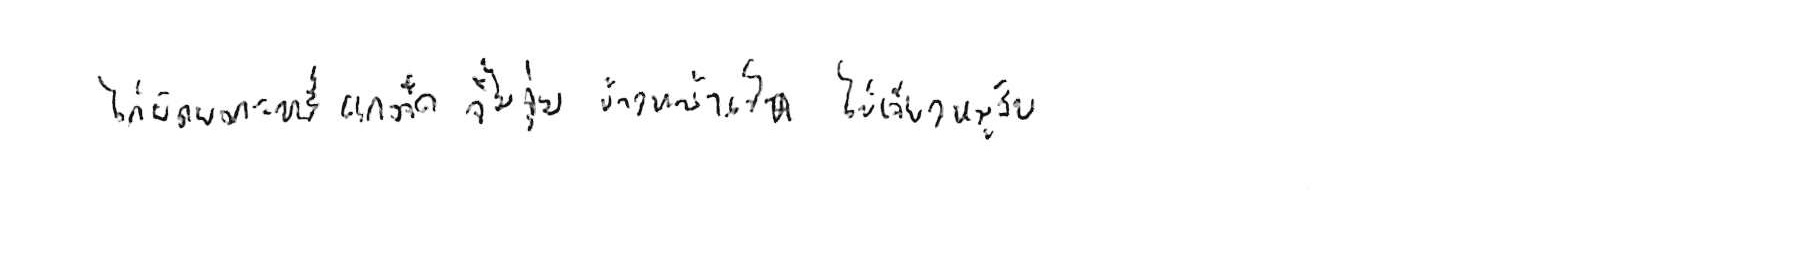
ไก่ผัดผงกะหรี่ แกงจืด จิ้มจุ่ม ข้าวหน้าเป็ด ไข่เจียวหมูสับ